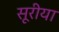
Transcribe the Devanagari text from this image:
सूरीया